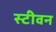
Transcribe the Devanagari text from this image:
स्‍टीवन